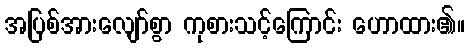
အပြစ်အားလျော်စွာ ကုစားသင့်ကြောင်း ဟောထား၏။